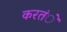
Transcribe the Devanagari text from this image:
करतंे